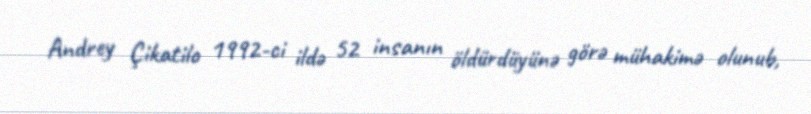
Andrey Çikatilo 1992-ci ildə 52 insanın öldürdüyünə görə mühakimə olunub,